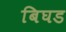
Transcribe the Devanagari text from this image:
बिघड